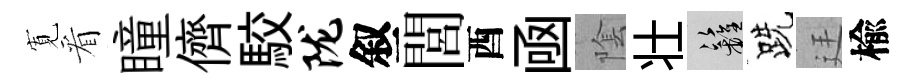
𡩖看瞳儕駮陇叙閭酉凾隂壮籬跣廷楡